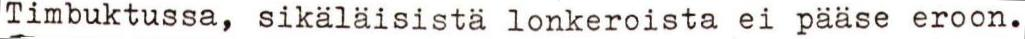
Timbuktussa, sikäläisistä lonkeroista ei pääse eroon.